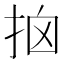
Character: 𢫥